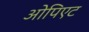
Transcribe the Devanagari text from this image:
ओपिएट